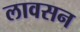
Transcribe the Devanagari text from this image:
लावसन